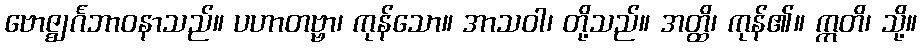
ဗောဇ္ဈင်္ဂဘာဝနာသည်။ ပဟာတဗ္ဗာ၊ ကုန်သော။ အာသဝါ၊ တို့သည်။ အတ္ထိ၊ ကုန်၏။ ဣတိ၊ သို့။